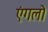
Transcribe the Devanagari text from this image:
एंगलो